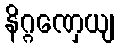
နိဂ္ဂဏှေယျ